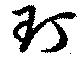
丁